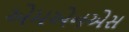
એમએનએસ